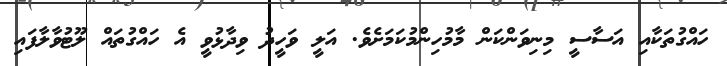
ހައްގުތަކާއި އަސާސީ މިނިވަންކަން މާމުހިންމުކަމަށެވެ. އަލީ ވަހީދު ވިދާޅުވީ އެ ހައްގުތައް ލޫޓުވާލާފައި